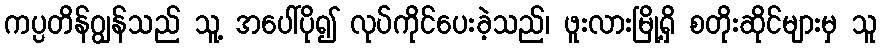
ကပ္ပတိန်ဂျွန်သည် သူ့ အပေါ်ပို၍ လုပ်ကိုင်ပေးခဲ့သည်၊ ဖူးလားမြို့ရှိ စတိုးဆိုင်များမှ သူ